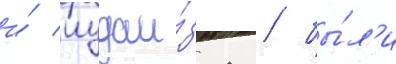
и́ иудаи́зма / бы́л'и